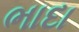
ભાદા